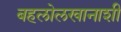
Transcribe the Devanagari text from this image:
बहलोलखानाशी